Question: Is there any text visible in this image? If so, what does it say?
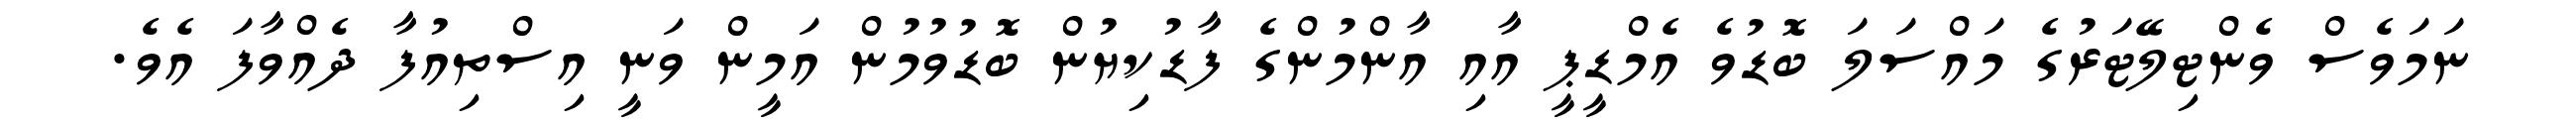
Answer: ނަމަވެސް ވެންޓިލޭޓަރުގެ މައްސަލަ ބޮޑުވެ އެމްޑީޕީ އާއި އާންމުންގެ ފާޑުކިޔުން ބޮޑުވުމުން އަމީން ވަނީ އިސްތިއުފާ ދެއްވާފަ އެވެ.